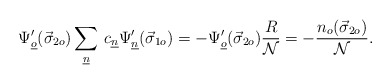
\begin{align*}\Psi'_{\underline{o}}(\vec{\sigma}_{2o})\sum_{\underline{n}}\,c_{\underline{n}}\Psi'_{\underline{n}}(\vec{\sigma}_{1o})=-\Psi'_{\underline{o}}(\vec{\sigma}_{2o})\frac{R}{\cal N}=-\frac{n_o(\vec{\sigma}_{2o})}{\cal N}. \end{align*}